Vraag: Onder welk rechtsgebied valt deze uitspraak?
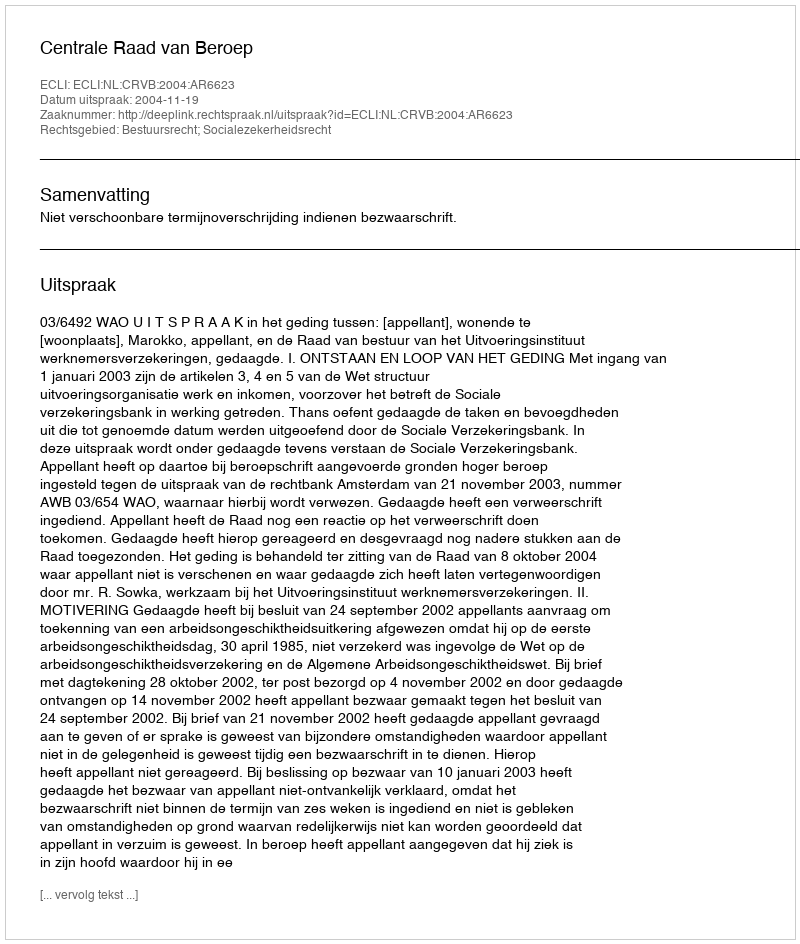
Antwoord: Bestuursrecht; Socialezekerheidsrecht